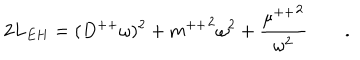
2 L _ { E H } = ( D ^ { + + } \omega ) ^ { 2 } + { m ^ { + + } } ^ { 2 } \omega ^ { 2 } + { \frac { { \mu ^ { + + } } ^ { 2 } } { \omega ^ { 2 } } } \qquad .